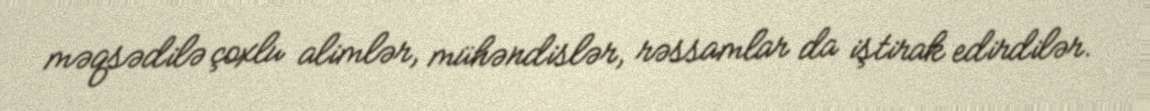
məqsədilə çoxlu alimlər, mühəndislər, rəssamlar da iştirak edirdilər.